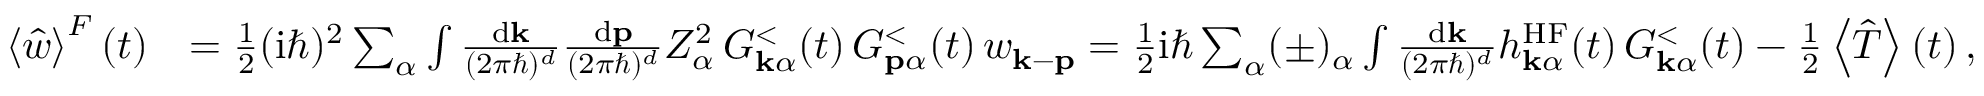
\begin{array} { r l } { \left\langle \hat { w } \right\rangle ^ { F } ( t ) } & { = \frac { 1 } { 2 } ( \mathrm { i } \hbar ) ^ { 2 } \sum _ { \alpha } \int \frac { \mathrm { d } \mathbf { k } } { ( 2 \pi \hbar ) ^ { d } } \frac { \mathrm { d } \mathbf { p } } { ( 2 \pi \hbar ) ^ { d } } Z _ { \alpha } ^ { 2 } \, G _ { \mathbf { k } \alpha } ^ { < } ( t ) \, G _ { \mathbf { p } \alpha } ^ { < } ( t ) \, w _ { \mathbf { k } - \mathbf { p } } = \frac { 1 } { 2 } \mathrm { i } \hbar \sum _ { \alpha } ( \pm ) _ { \alpha } \int \frac { \mathrm { d } \mathbf { k } } { ( 2 \pi \hbar ) ^ { d } } h _ { \mathbf { k } \alpha } ^ { \mathrm { H F } } ( t ) \, G _ { \mathbf { k } \alpha } ^ { < } ( t ) - \frac { 1 } { 2 } \left\langle \hat { T } \right\rangle ( t ) \, , } \end{array}